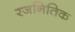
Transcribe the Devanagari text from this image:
रजनितिक